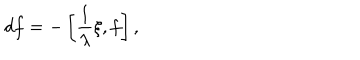
LaTeX: d f = - \left[ \frac { 1 } { \lambda } \xi , f \right] , ~ ~ ~